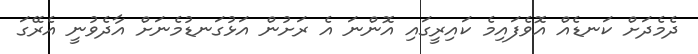
ދެމެދަށް ކަނޑެއް އޮވެފައިމެ ކައިރީގައި އޮންނަ އެ ރަށުން އަޅުގަނޑުމެނަށް އާދެވުނީ އެރޭގަ